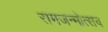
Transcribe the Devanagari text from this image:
रामजन्मोत्सव